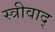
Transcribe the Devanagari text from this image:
स्त्रीवाद्